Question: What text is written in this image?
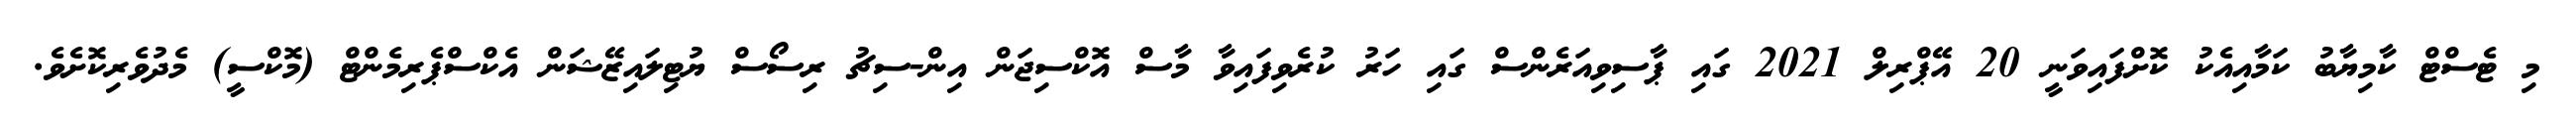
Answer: މި ޓެސްޓް ކާމިޔާބު ކަމާއިއެކު ކޮށްފައިވަނީ 20 އޭޕްރިލް 2021 ގައި ޕާސިވިއަރެންސް ގައި ހަރު ކުރެވިފައިވާ މާސް އޮކްސިޖަން އިން-ސިޗު ރިސޯސް ޔުޓިލައިޒޭޝަން އެކްސްޕެރިމެންޓް (މޮކްސީ) މެދުވެރިކޮށެވެ.